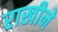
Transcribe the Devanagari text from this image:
राखीने